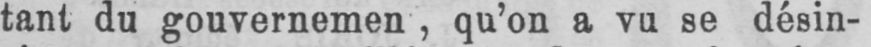
qu’on a vu se désin-